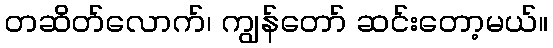
တဆိတ်လောက်၊ ကျွန်တော် ဆင်းတော့မယ်။